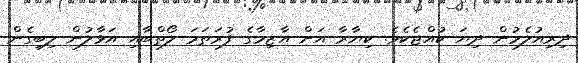
ދިރިއުލެމުން ދިޔަ ކުއްޖެކެވެ. ކިޔާރާ އަށް އާޒިމާގެ ފުރަތަމަ ލޯތްބާއި އަޅާލުން ލިބިގެން